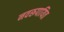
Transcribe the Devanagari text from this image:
नवरूपायित